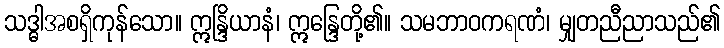
သဒ္ဓါအစရှိကုန်သော။ ဣန္ဒြိယာနံ၊ ဣန္ဒြေတို့၏။ သမဘာဝကရဏံ၊ မျှတညီညာသည်၏